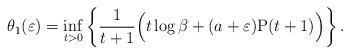
LaTeX: \begin{align*}\theta_1(\varepsilon) = \inf_{t>0} \left\{\frac{1}{t+1}\Big(t\log\beta + (a + \varepsilon)\mathrm{P}(t+1)\Big)\right\}.\end{align*}